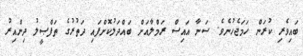
ބައިވެރި ކުރަން ހަމަޖެހުނެވެ. ސަނާ އައިސް ރަމްލާއަށް ބައްދަލުކޮށްފައި ދަތުރުގެ ތަފްޞީލު ދިންއިރު